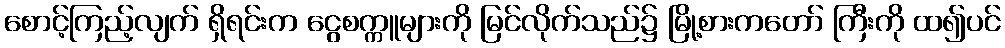
စောင့်ကြည့်လျက် ရှိရင်းက ငွေစက္ကူများကို မြင်လိုက်သည်၌ မြို့စားကတော် ကြီးကို ထ၍ပင်